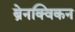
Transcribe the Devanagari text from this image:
ब्रेनक्विकन